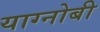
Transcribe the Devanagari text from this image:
याग्नोबी